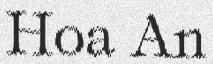
Hoa An